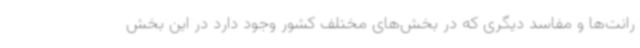
رانت‌ها و مفاسد دیگری که در بخش‌های مختلف کشور وجود دارد در این بخش